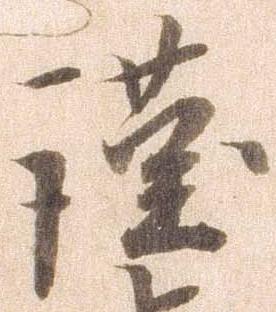
謹